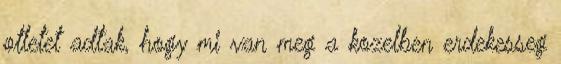
otletet adtak, hogy mi van meg a kozelben erdekesseg